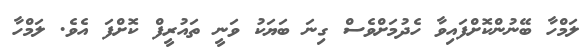
ލަމްހާ ބޭނުންކޮށްފައިވާ ހެދުމަށްވެސް ގިނަ ބަޔަކު ވަނީ ތައުރީފް ކޮށްފަ އެވެ. ލަމްހާ